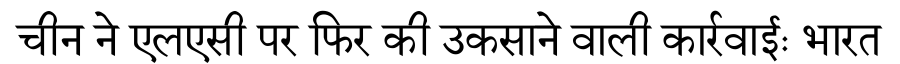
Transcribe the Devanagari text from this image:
चीन ने एलएसी पर फिर की उकसाने वाली कार्रवाईः भारत